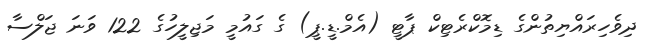
ދިވެހިރައްޔިތުންގެ ޑިމޮކްރެޓިކް ޕާޓީ (އެމް.ޑީ.ޕީ) ގެ ގައުމީ މަޖިލީހުގެ 122 ވަނަ ޖަލްސާ